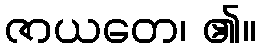
ဇာယတေ၊ ၏။